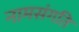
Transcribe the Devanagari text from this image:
नामसंगति